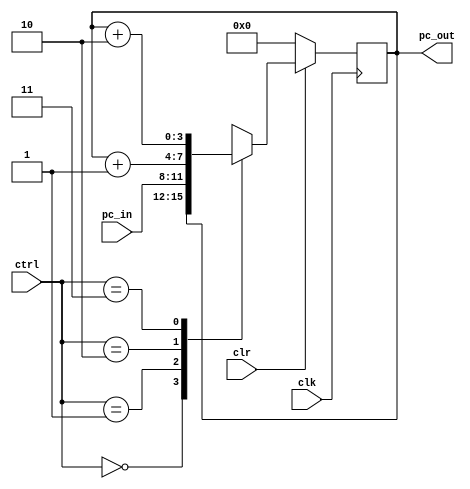
`timescale 1ns / 1ps
//////////////////////////////////////////////////////////////////////////////////
// Company: EE480 DVHW8
// 
// Design Name: 
// Module Name:    nbit_pc 
//
// Description:
//
// n-bit program counter built using behavioral syntax. 
//
// Active low synchronous clear
//
//  ctrl   clr    function
//   x      0     Clear all PC bits to zero. *Top Priority
//   00     1     Hold Count
//   01     1     Parallel Load
//   10     1     Increment by 1
//   11		1 	  Increment by inc (increment variable)
//
//////////////////////////////////////////////////////////////////////////////////
module nbit_pc(clk,clr, ctrl, pc_in, pc_out);
	parameter n=4; //default 4-bit program counter
	parameter inc=2; //default increment value
	input clk, clr;
	input [1:0] ctrl;
	input [n-1:0] pc_in;
	output reg [n-1:0] pc_out;
	
	always @(posedge clk) begin 
		if(clr==0) begin 
			pc_out <= 0; 
		end
		else begin
			case(ctrl)
				0: pc_out <= pc_out; //Hold Count - Out = Previous state
				1: pc_out <= pc_in; //Parallel load
				2: pc_out <= pc_out+1; //Increment PC by 1
				3: pc_out <= pc_out+inc; //Increment by increment variable. 
				default: pc_out <= pc_out; //Do nothing for any other case
			endcase
		end
	end
endmodule